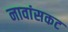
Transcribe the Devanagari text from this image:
नावांसकट